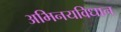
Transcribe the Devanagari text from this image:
अभिनयविधान